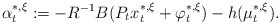
\begin{align*}\alpha^{*,\xi}_t:=-R^{-1}B(P_tx^{*,\xi}_t+\varphi_t^{*,\xi})-h(\mu_t^{*,\xi}).\end{align*}